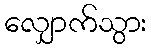
လျှောက်သွား